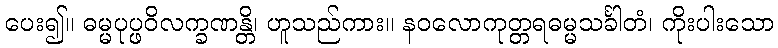
ပေး၍။ ဓမ္မပုပ္ဖဝိလက္ခဏန္တိ၊ ဟူသည်ကား။ နဝလောကုတ္တရဓမ္မသင်္ခါတံ၊ ကိုးပါးသော